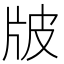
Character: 𤖷